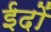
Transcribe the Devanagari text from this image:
ईदों